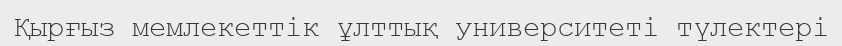
Қырғыз мемлекеттік ұлттық университеті түлектері